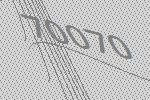
70070